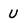
Character: U